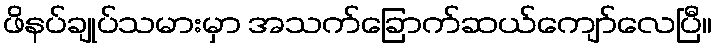
ဖိနပ်ချုပ်သမားမှာ အသက်ခြောက်ဆယ်ကျော်လေပြီ။